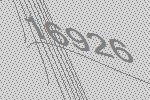
16926